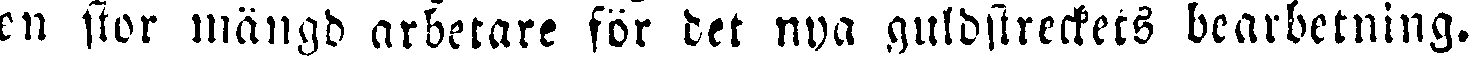
en stor mängd arbetare för det nya guldstreckets bearbetning.